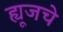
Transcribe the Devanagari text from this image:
ह्यूजचे